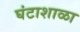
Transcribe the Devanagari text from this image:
घंटाशाळा